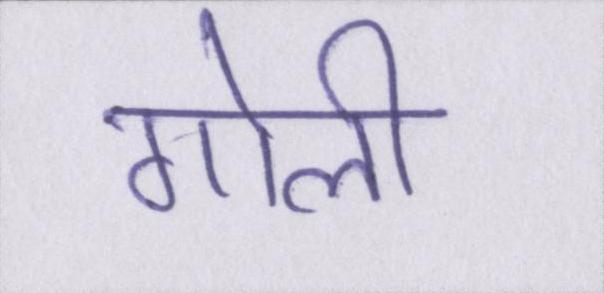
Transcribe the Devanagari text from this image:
गोली